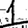
Digit: 1